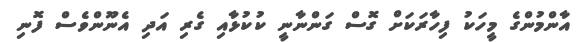
އާންމުންގެ މީހަކު ފިހާރަކަށް ގޮސް ގަންނާނީ ކުކުޅާއި ގެރި އަދި އެނޫންވެސް ފޮނި